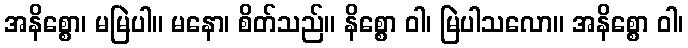
အနိစ္စော၊ မမြဲပါ။ မနော၊ စိတ်သည်။ နိစ္စော ဝါ၊ မြဲပါသလော။ အနိစ္စော ဝါ၊